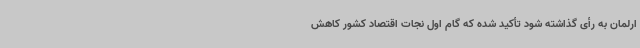
ارلمان به رأی گذاشته شود تأکید شده که گام اول نجات اقتصاد کشور کاهش